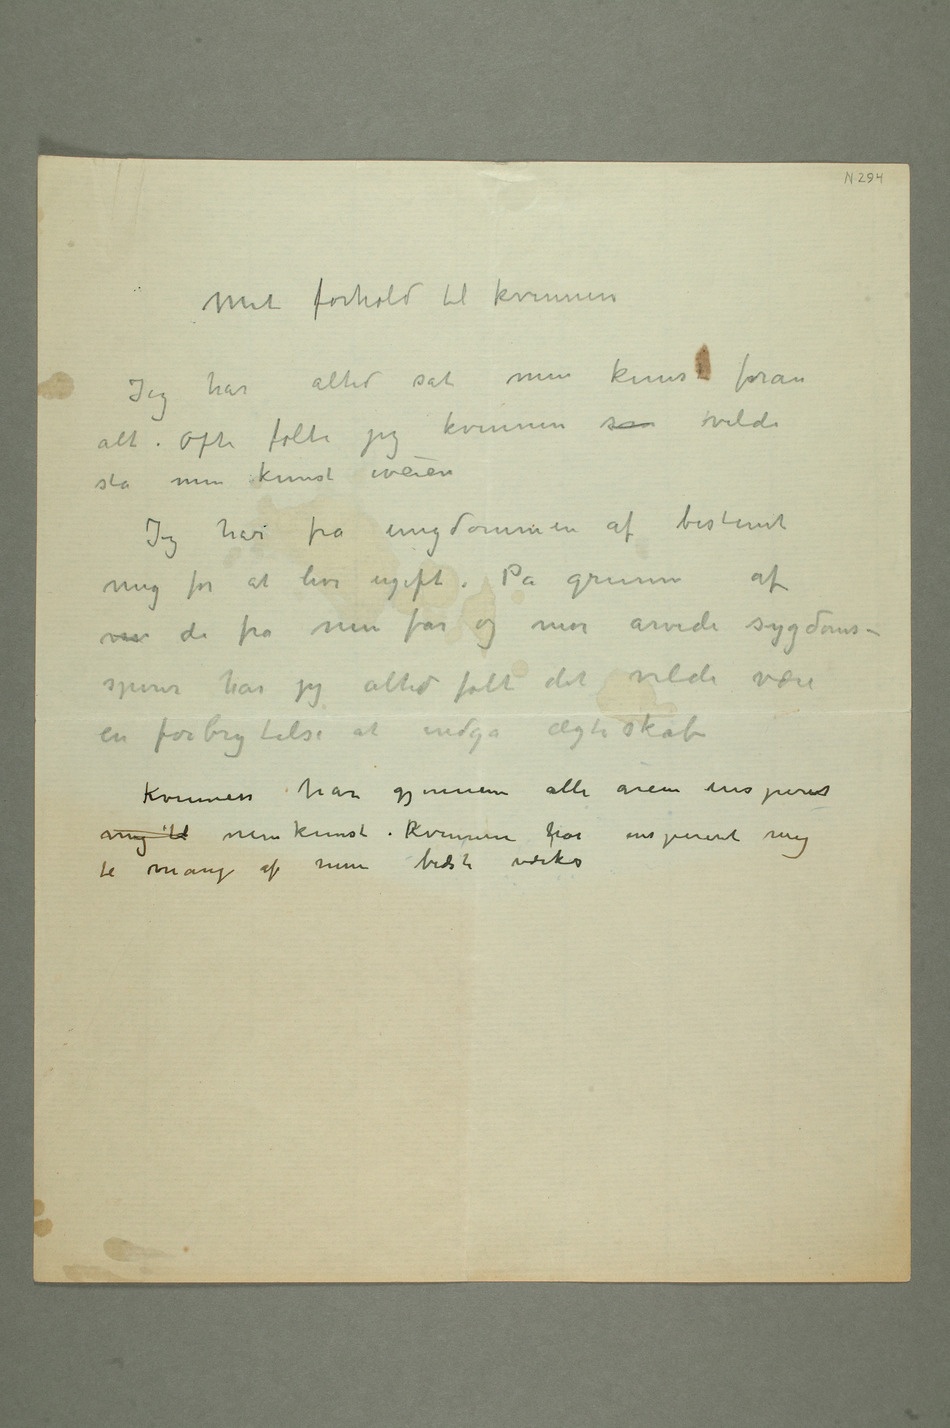
Mit forhold til kvinnen
Jeg har altid sat min kunst foran
alt. Ofte følte jeg kvinnen som vilde
stå min kunst iveien
Jeg har fra ungdommen af bestemt
mig for at leve ugift. På grunn af
de fra min far og mor arvede sygdoms-
spirer har jeg altid følt det vilde være
en forbrytelse at indgå ægteskab
Kvinnen har gjennem alle årene inspireret
mig til min kunst. Kvinnen har inspireret mig
til mange af mine bedste værker